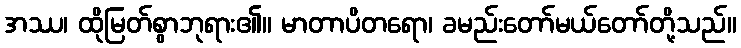
အဿ၊ ထိုမြတ်စွာဘုရား၏။ မာတာပိတရော၊ ခမည်းတော်မယ်တော်တို့သည်။